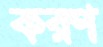
করণ